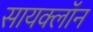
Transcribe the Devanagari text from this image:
सायक्लॉन